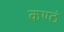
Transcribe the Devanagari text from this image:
कण्ठं